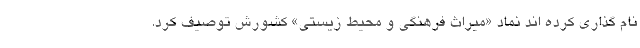
نام گذاری کرده اند نماد «میراث فرهنگی و محیط زیستی» کشورش توصیف کرد.